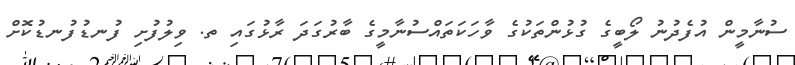
ސުނާމީން އުފެދުނު ލޯބީގެ ގުޅުންތަކުގެ ވާހަކަތައްސުނާމީގެ ބާރުގަދަ ރާޅުގައި ތ. ވިލުފުށި ފުނޑުފުނޑުކޮށް